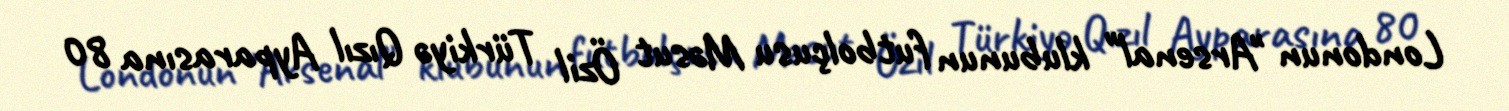
Londonun "Arsenal" klubunun futbolçusu Məsut Özil Türkiyə Qızıl Ayparasına 80